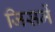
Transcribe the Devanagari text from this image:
जिसमें